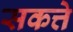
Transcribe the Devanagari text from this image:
सकत्ते